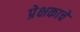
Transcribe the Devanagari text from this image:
प्रेक्षकाचे